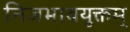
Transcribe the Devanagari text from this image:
निजभावयुक्तम्